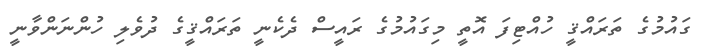
ގައުމުގެ ތަރައްޤީ ހުއްޓިފަ އޮތީ މިގައުމުގެ ރައީސް ދެކެނީ ތަރައްޤީގެ ދުވެލި ހުންނަންވާނީ